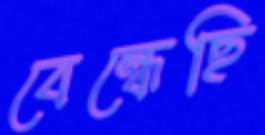
বেন্ধেছি